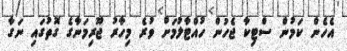
އެހެން ކަމުން ސްޓިކާ ޖެހުން ހުއްޓާލުމަށް ވުރެ މިހާރު ޖޫރިމަނާގެ ގޮތުގައި ނަގާ